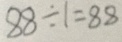
8 8 \div 1 = 8 8